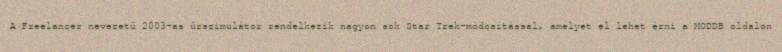
A Freelancer nevezetű 2003-as űrszimulátor rendelkezik nagyon sok Star Trek-módosítással, amelyet el lehet érni a MODDB oldalon